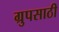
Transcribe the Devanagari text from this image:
ग्रुपसाठी